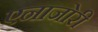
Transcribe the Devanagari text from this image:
एनाजोरी